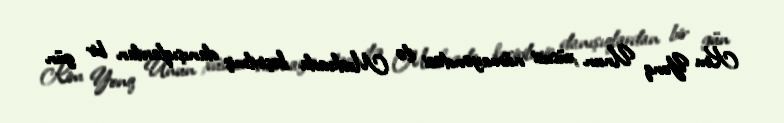
Kim Yonq Unun xüsusi nümayəndəsi ilə Moskvada keçirilmiş danışıqlardan bir gün